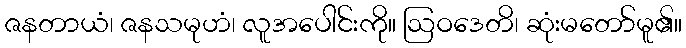
ဇနတာယံ၊ ဇနသမုဟံ၊ လူအပေါင်းကို။ ဩဝဒေတိ၊ ဆုံးမတော်မူ၏။